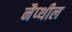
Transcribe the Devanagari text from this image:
नैप्थील